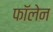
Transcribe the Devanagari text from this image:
फॉलेन